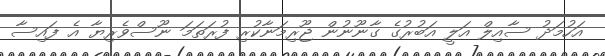
އަހުމަދު ސާއިލް އަލީ އަބުރުގެ ގާނޫނުން ޖޫރިމަނާކުރި ފުރަތަމަ ނޫސްވެރިޔާ އެ ފައިސާ